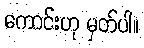
ကောင်းဟု မှတ်ပါ။